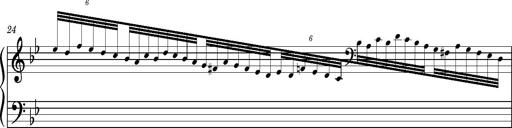
Title: Ungarischer Romanzero
Composer: Franz Liszt